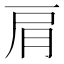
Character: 肩